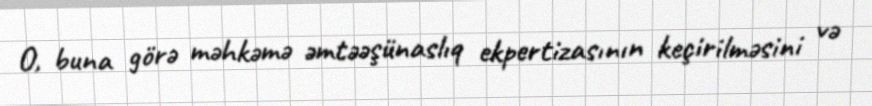
O, buna görə məhkəmə əmtəəşünaslıq ekpertizasının keçirilməsini və